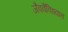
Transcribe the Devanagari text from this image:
जैववैविध्यात